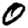
Digit: 0